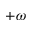
+ \omega